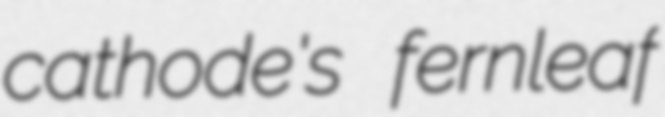
cathode's fernleaf